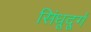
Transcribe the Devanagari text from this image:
सिंधूदूर्ग